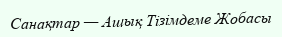
Санақтар — Ашық Тізімдеме Жобасы